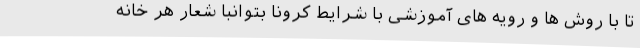
تا با روش ها و رویه های آموزشی با شرایط کرونا بتوانبا شعار هر خانه